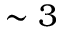
\sim 3